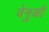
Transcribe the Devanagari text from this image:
वेनुकी